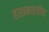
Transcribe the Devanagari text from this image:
हस्तनक्षत्रींचा